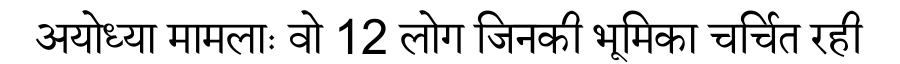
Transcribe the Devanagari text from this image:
अयोध्या मामलाः वो 12 लोग जिनकी भूमिका चर्चित रही